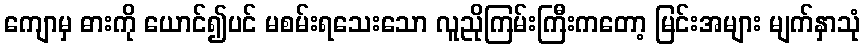
ကျောမှ ဓားကို ယောင်၍ပင် မစမ်းရသေးသော လူညိုကြမ်းကြီးကတော့ မြင်းအများ မျက်နှာသုံ